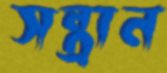
সন্ত্রান